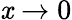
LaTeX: \mathit{x}\rightarrow0